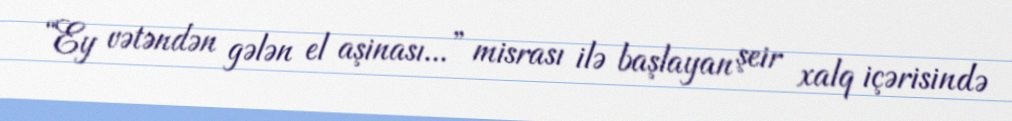
“Ey vətəndən gələn el aşinası...” misrası ilə başlayan şeir xalq içərisində